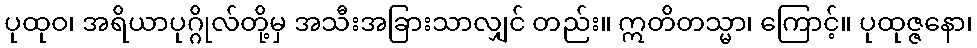
ပုထုဝ၊ အရိယာပုဂ္ဂိုလ်တို့မှ အသီးအခြားသာလျှင် တည်း။ ဣတိတသ္မာ၊ ကြောင့်။ ပုထုဇ္ဇနော၊